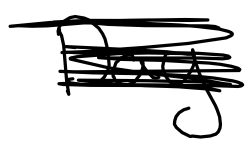
Text: of
Cross-out: scratch
Writing tool: digital_black